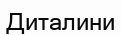
Диталини